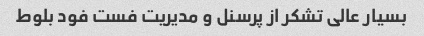
بسیار عالی تشکر از پرسنل و مدیریت فست فود بلوط